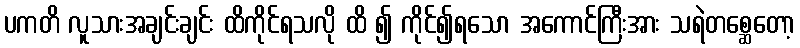
ပကတိ လူသားအချင်းချင်း ထိကိုင်ရသလို ထိ ၍ ကိုင်၍ရသော အကောင်ကြီးအား သရဲတစ္ဆေတော့